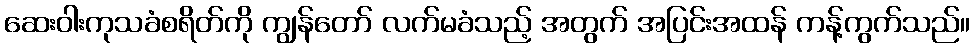
ဆေးဝါးကုသခံစရိတ်ကို ကျွန်တော် လက်မခံသည့် အတွက် အပြင်းအထန် ကန့်ကွက်သည်။